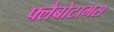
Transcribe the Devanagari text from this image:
फ्लैबोटामस